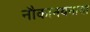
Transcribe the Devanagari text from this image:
नौकानयनाचा